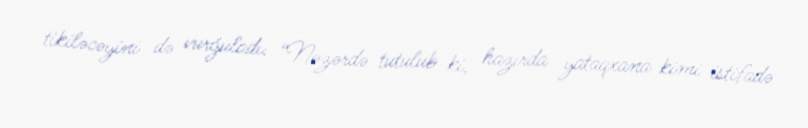
tikiləcəyini də vurğuladı: “Nəzərdə tutulub ki, hazırda yataqxana kimi istifadə